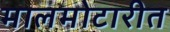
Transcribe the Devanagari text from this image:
मालमोटारीत